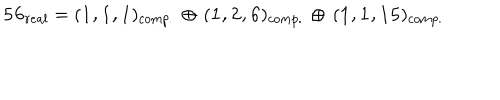
{ \bf 5 6 } _ { r e a l } = ( { \bf 1 , 1 , 1 } ) _ { c o m p . } \, \oplus \, ( { \bf 1 , 2 , 6 } ) _ { c o m p . } \, \oplus \, ( { \bf 1 , 1 , 1 5 } ) _ { c o m p . }